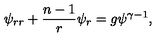
\psi _ { r r } + { \frac { n - 1 } { r } } \psi _ { r } = g \psi ^ { \gamma - 1 } ,